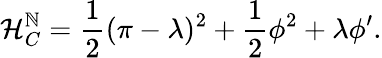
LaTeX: {\cal{H}}_{C}^{\mathbb{N}}=\frac{{1}}{{2}}(\pi-\lambda)^{2}+\frac{{1}}{{2}}\phi^{2}+\lambda\phi^{\prime}.